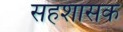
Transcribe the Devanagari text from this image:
सहशासक